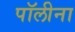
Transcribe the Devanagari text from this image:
पॉलीना